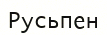
Русьпен